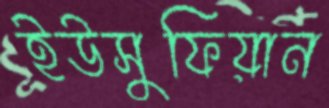
ইউসুফিয়ান